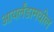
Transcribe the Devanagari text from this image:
आयर्लंडामधील